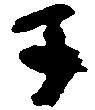
子